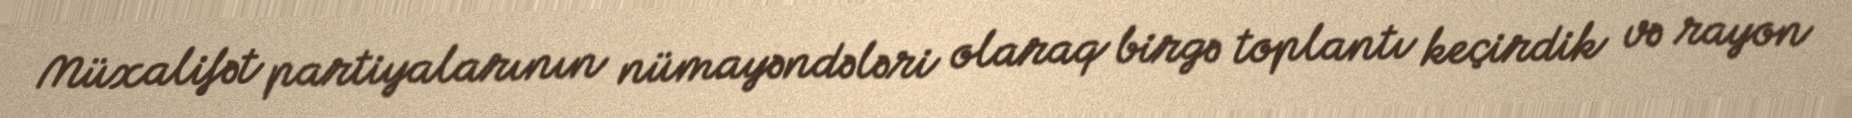
Müxalifət partiyalarının nümayəndələri olaraq birgə toplantı keçirdik və rayon